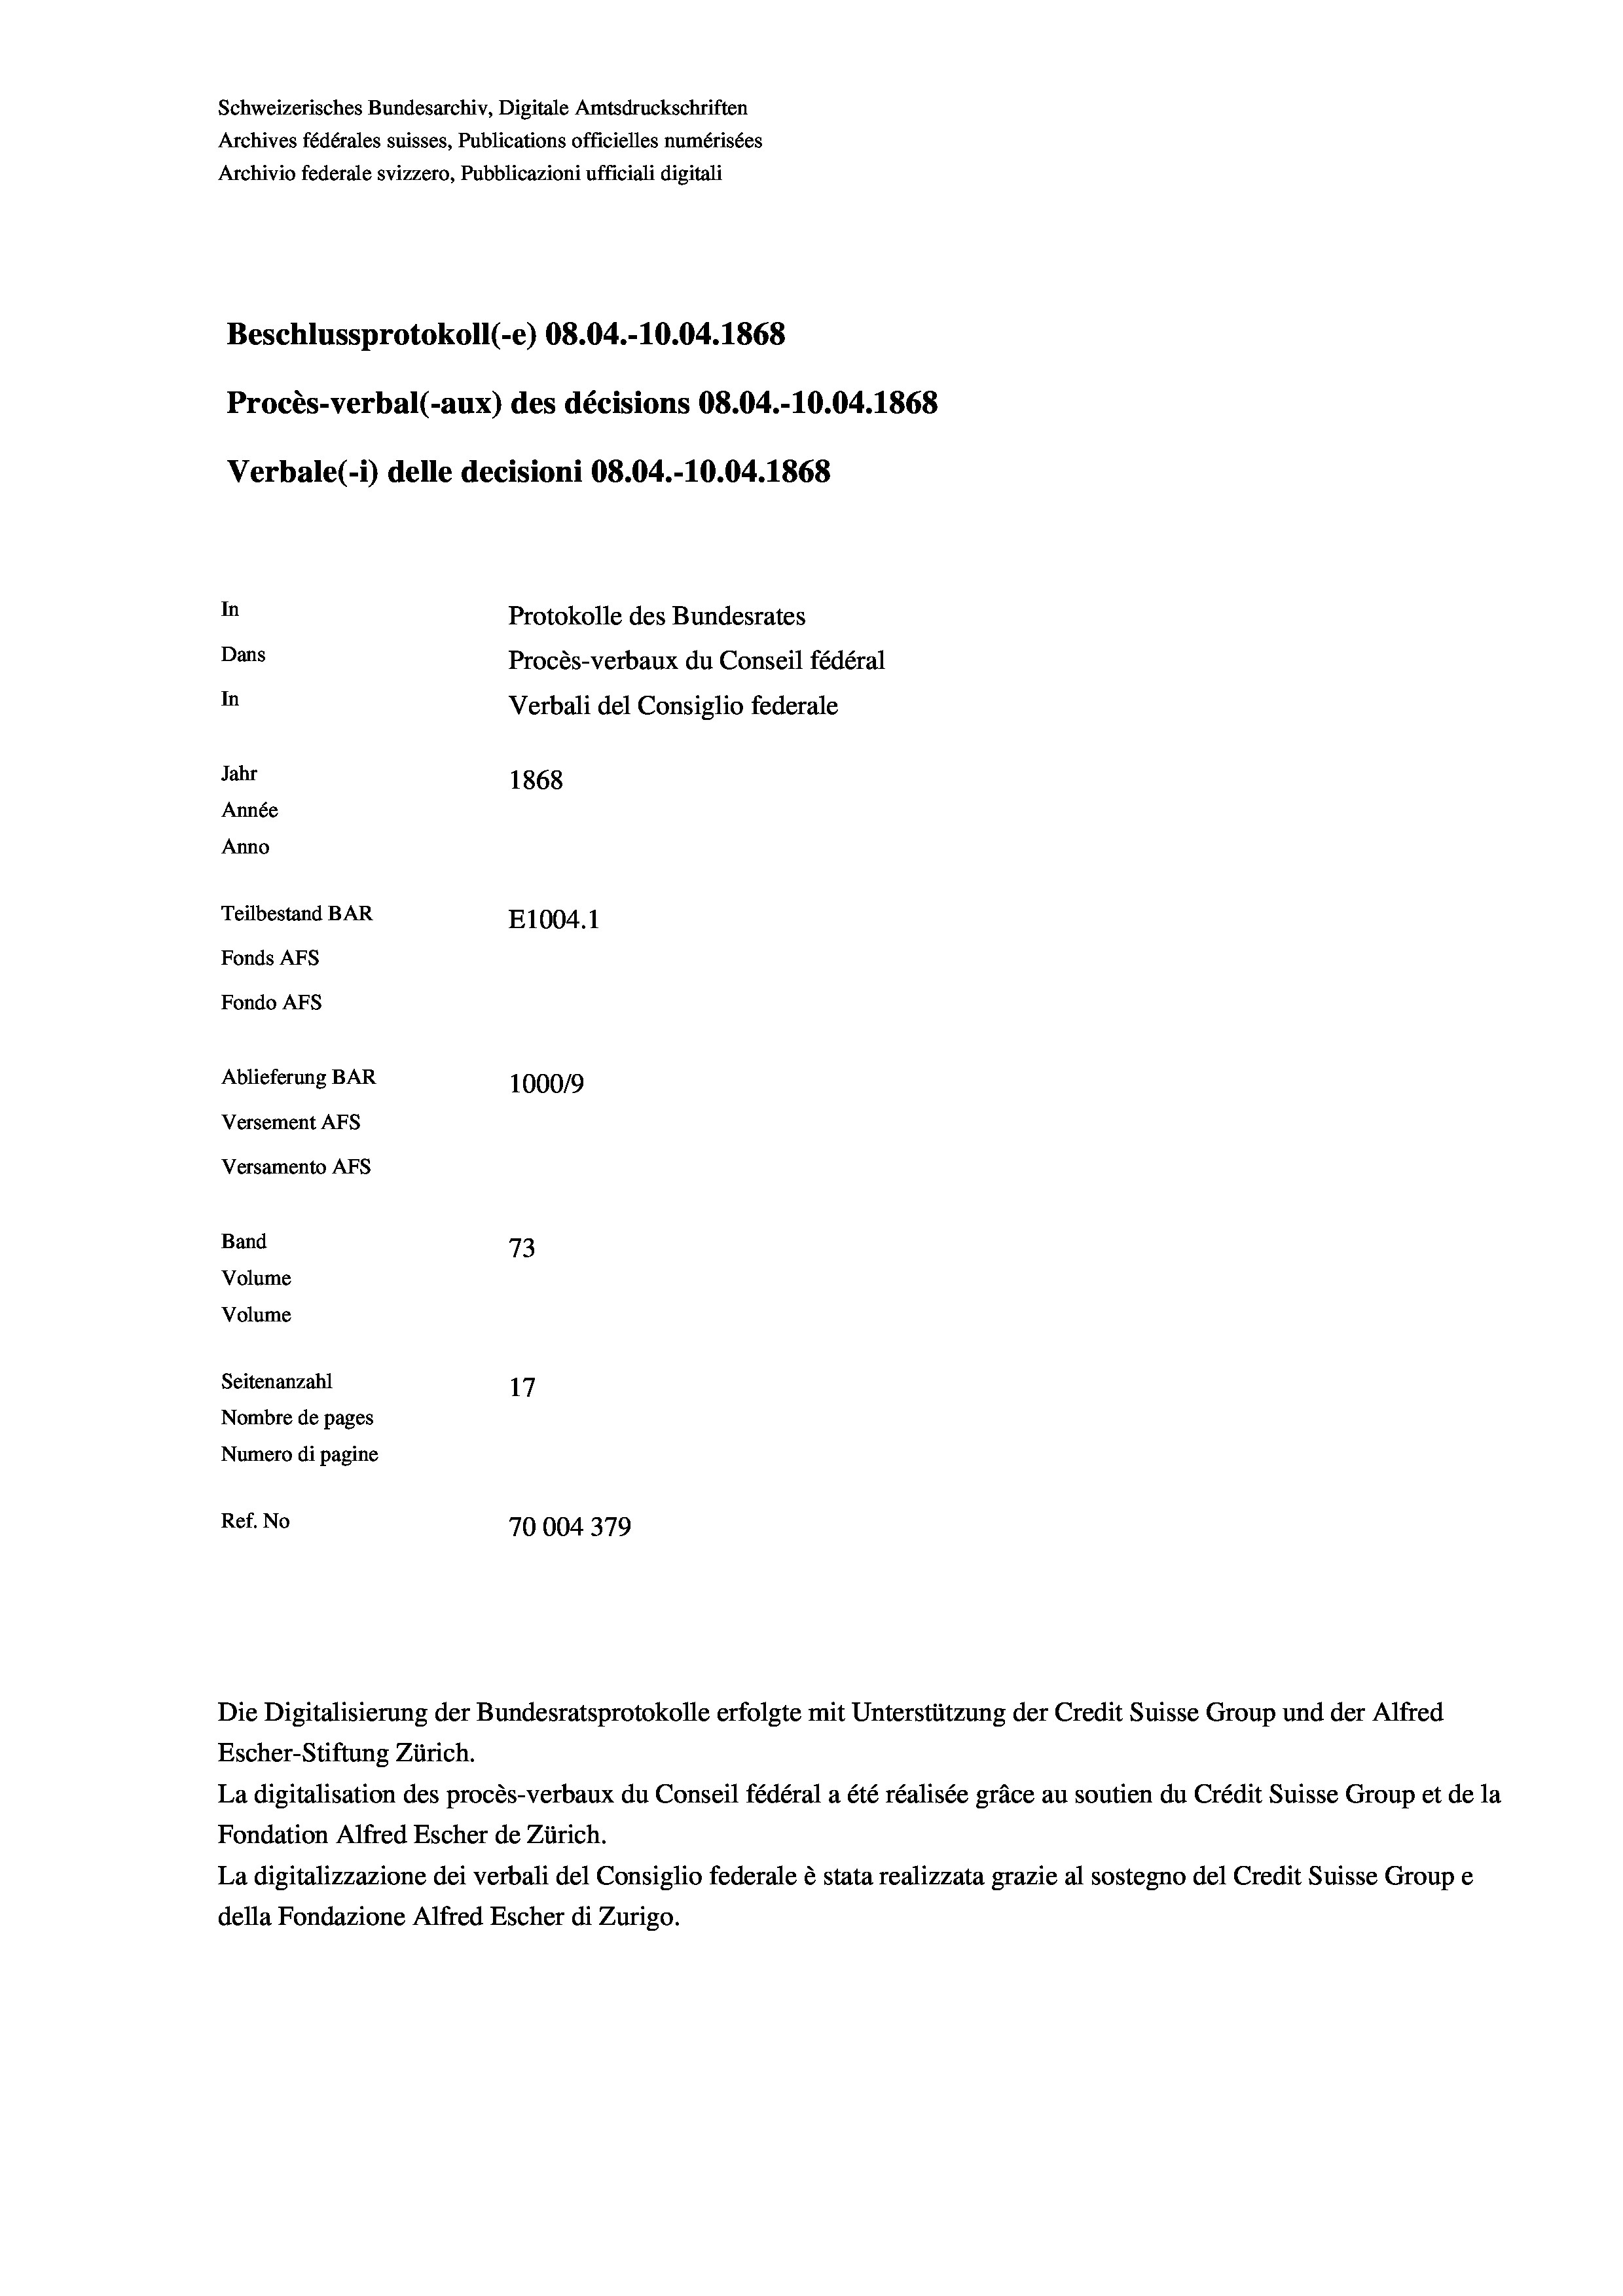
Schweizerisches Bundesarchiv, Digitale Amtsdruckschriften
Archives fédérales suisses, Publications officielles numérisées
Archivio federale svizzero, Pubblicazioni ufficiali digitali
Beschlussprotokoll (-e) 08.04.-10.04. 1868
Procès-verbal (-aux) des décisions 08.04.-10.04. 1868
Verbale (i) delle decisioni 08.04.-10.04. 1868
In
Protokolle des Bundesrates
Dans
Procès-verbaux du Conseil fédéral
In
Verbali del Consiglio federale
Jahr
1868
Année
Anno
Teilbestand BAR
E1004. 1
Fonds AFs
Fondo Afs
Ablieferung BAR
100019
Versement AFs
Versamento AFs
Band
73
Volume
Volume
Seitenanzahl
17
Nombre de pages
Numero di pagine
Ref. No
70004379

Escher-Stiftung Zürich.
La digitalisation des procès-verbaux du Conseil fédéral a été réalisée gräce au soutien du Crédit Suisse Group et de la
Fondation Alfred Escher de Zürich.
La digitalizzazione dei verbali del Consiglio federale è stata realizzata grazie al sostegno del Credit Suisse Groupe
della Fondazione Alfred Escher di Zurigo.

Die Digitalisierung der Bundesratsprotokolle erfolgte mit Unterstützung der Credit Suisse Group und der Alfred